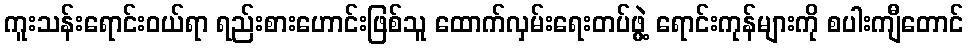
ကူးသန်းရောင်းဝယ်ရာ ရည်းစားဟောင်းဖြစ်သူ ထောက်လှမ်းရေးတပ်ဖွဲ့ ရောင်းကုန်များကို စပါးကျီတောင်